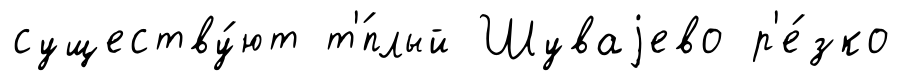
существу́ют т'́плый Шуваjево р'е́зко